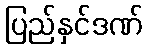
ပြည်နှင်ဒဏ်